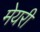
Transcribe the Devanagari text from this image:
मेयरी